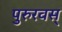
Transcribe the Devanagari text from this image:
पुरुरवस्‌